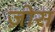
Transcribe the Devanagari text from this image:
ज़ोस